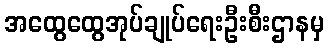
အထွေထွေအုပ်ချုပ်ရေးဦးစီးဌာနမှ